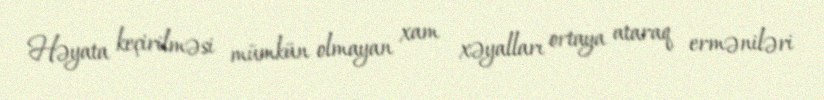
Həyata keçirilməsi mümkün olmayan xam xəyalları ortaya ataraq erməniləri